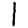
Digit: 1